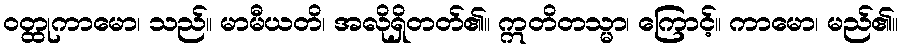
ဝတ္ထုကာမော၊ သည်။ မာမီယတိ၊ အလိုရှိတတ်၏။ ဣတိတသ္မာ၊ ကြောင့်။ ကာမော၊ မည်၏။